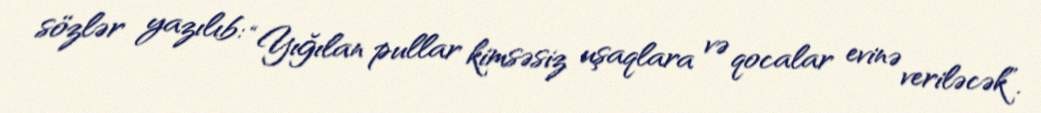
sözlər yazılıb: “Yığılan pullar kimsəsiz uşaqlara və qocalar evinə veriləcək”.